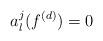
LaTeX: \begin{align*}a_l^j(f^{(d)})=0\end{align*}